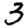
Digit: 3